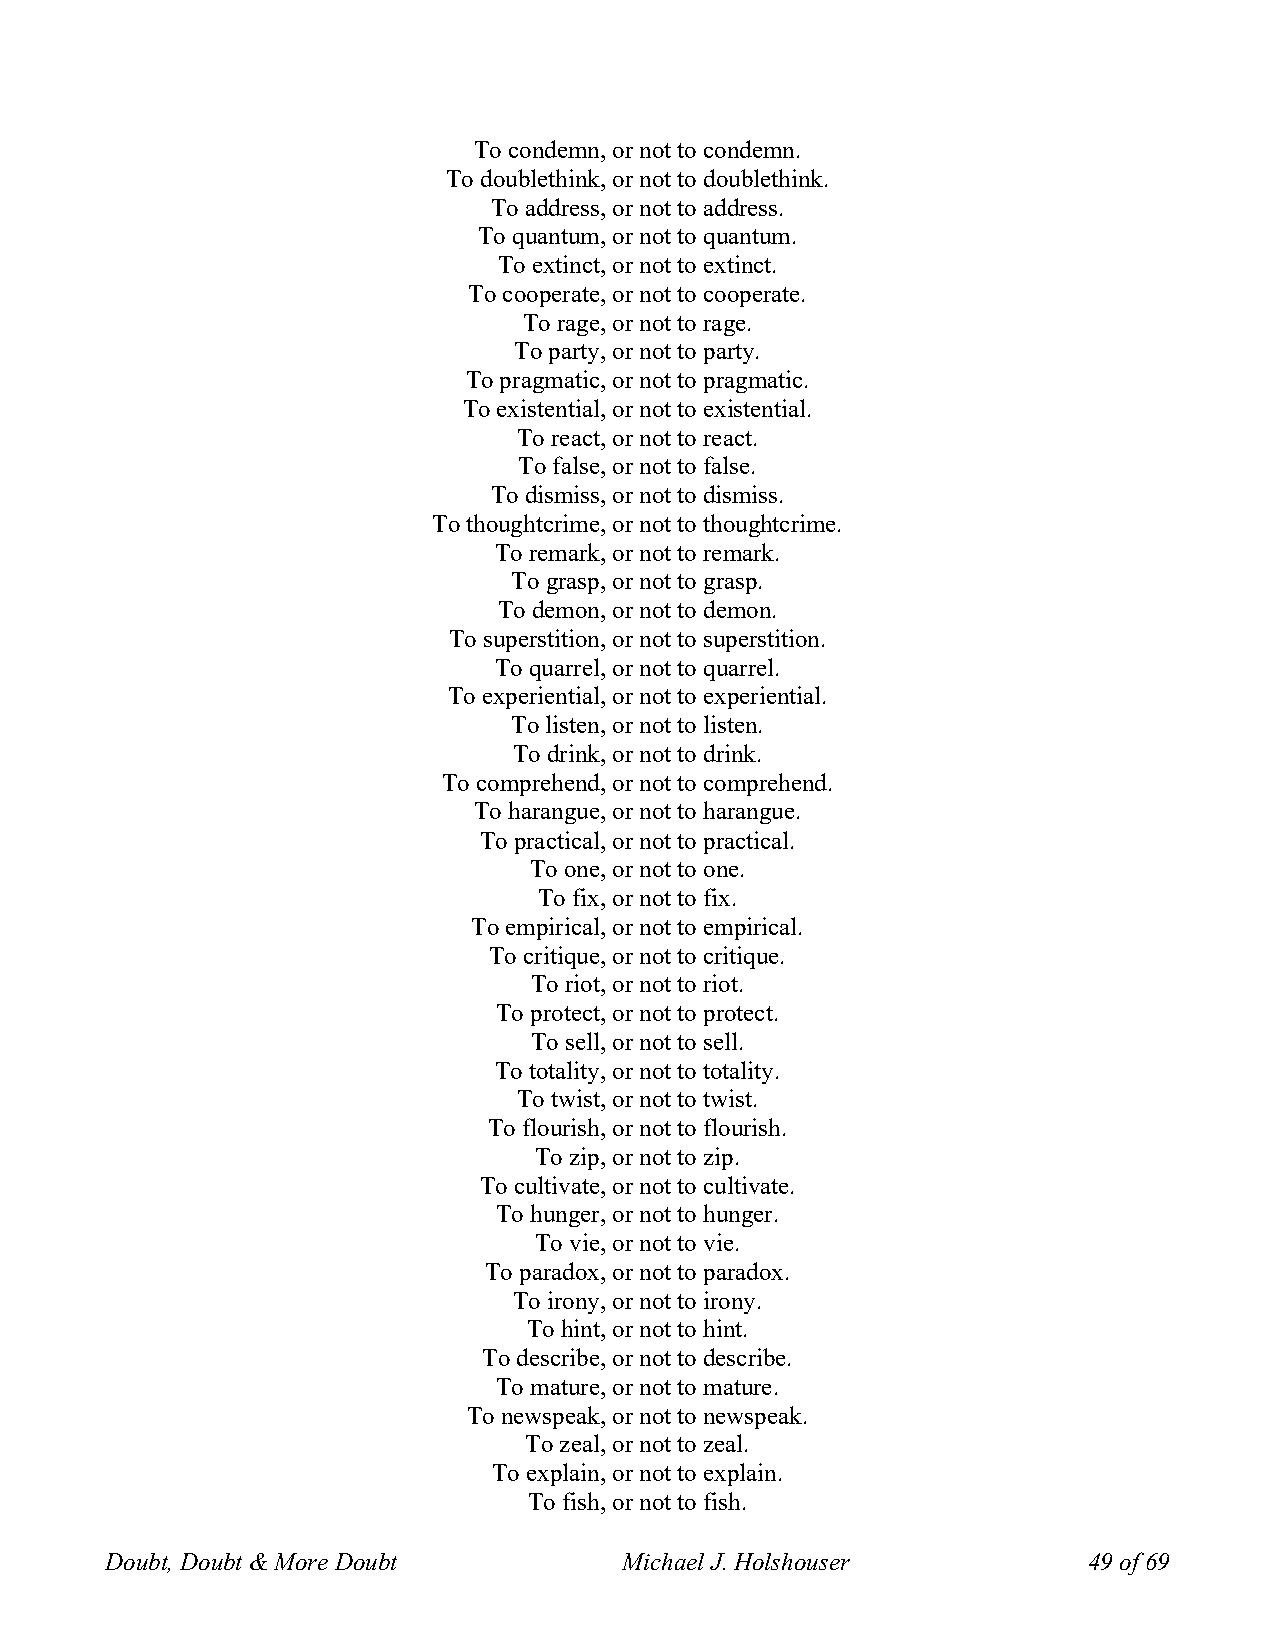
To condemn, or not to condemn.
 To doublethink, or not to doublethink.
 To address, or not to address.
 To quantum, or not to quantum.
 To extinct, or not to extinct.
 To cooperate, or not to cooperate.
 To rage, or not to rage.
 To party, or not to party.
 To pragmatic, or not to pragmatic.
 To existential, or not to existential.
 To react, or not to react.
 To false, or not to false.
 To dismiss, or not to dismiss.
 To thoughtcrime, or not to thoughtcrime.
 To remark, or not to remark.
 To grasp, or not to grasp.
 To demon, or not to demon.
 To superstition, or not to superstition.
 To quarrel, or not to quarrel.
 To experiential, or not to experiential.
 To listen, or not to listen.
 To drink, or not to drink.
 To comprehend, or not to comprehend.
 To harangue, or not to harangue.
 To practical, or not to practical.
 To one, or not to one.
 To fix, or not to fix.
 To empirical, or not to empirical.
 To critique, or not to critique.
 To riot, or not to riot.
 To protect, or not to protect.
 To sell, or not to sell.
 To totality, or not to totality.
 To twist, or not to twist.
 To flourish, or not to flourish.
 To zip, or not to zip.
 To cultivate, or not to cultivate.
 To hunger, or not to hunger.
 To vie, or not to vie.
 To paradox, or not to paradox.
 To irony, or not to irony.
 To hint, or not to hint.
 To describe, or not to describe.
 To mature, or not to mature.
 To newspeak, or not to newspeak.
 To zeal, or not to zeal.
 To explain, or not to explain.
 To fish, or not to fish.
 Doubt, Doubt & More Doubt         Michael J. Holshouser          49 of 69